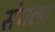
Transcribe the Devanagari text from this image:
संघला